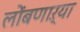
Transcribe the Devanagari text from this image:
लोंबणाऱ्या